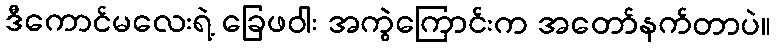
ဒီကောင်မလေးရဲ့ ခြေဖဝါး အကွဲကြောင်းက အတော်နက်တာပဲ။